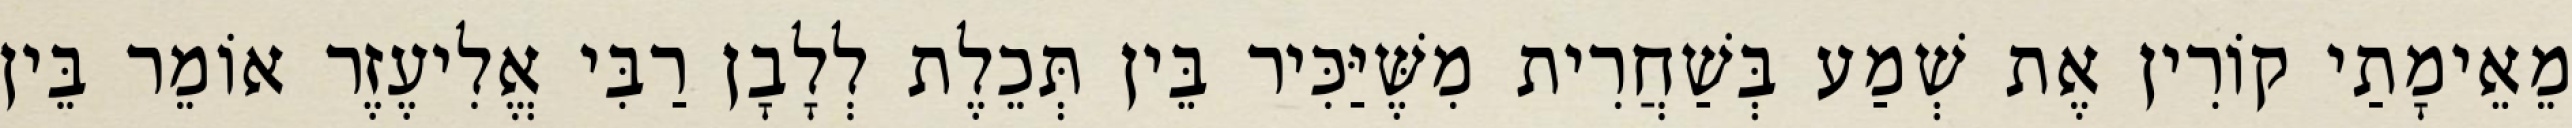
מֵאֵימָתַי קוֹרִין אֶת שְׁמַע בְּשַׁחֲרִית מִשֶּׁיַּכִּיר בֵּין תְּכֵלֶת לְלָבָן רַבִּי אֱלִיעֶזֶר אוֹמֵר בֵּין